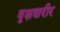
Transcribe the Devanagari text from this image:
वृक्षशरीर